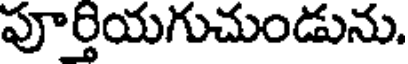
పూర్తియగుచుండును.